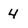
Character: 4